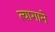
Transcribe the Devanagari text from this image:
त्यागाने